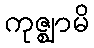
ကုဇ္ဈာမိ